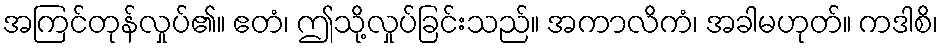
အကြင်တုန်လှုပ်၏။ ဧတံ၊ ဤသို့လှုပ်ခြင်းသည်။ အကာလိကံ၊ အခါမဟုတ်။ ကဒါစိ၊